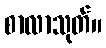
စာလာသုတ်။